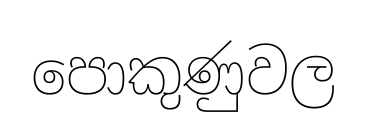
පොකුණුවල